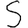
Digit: 5